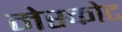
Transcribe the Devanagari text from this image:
मेस्कोट